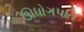
ઊધોગપતિ